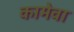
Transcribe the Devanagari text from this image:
कामेवा